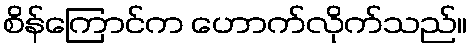
စိန်ကြောင်က ဟောက်လိုက်သည်။